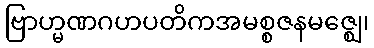
ဗြာဟ္မဏဂဟပတိကအမစ္စဇနမဇ္ဈေ၊